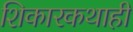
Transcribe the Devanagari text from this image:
शिकारकथाही